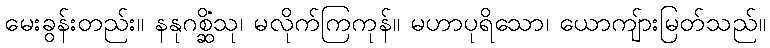
မေးခွန်းတည်း။ နနုဂစ္ဆိံသု၊ မလိုက်ကြကုန်။ မဟာပုရိသော၊ ယောကျ်ားမြတ်သည်။